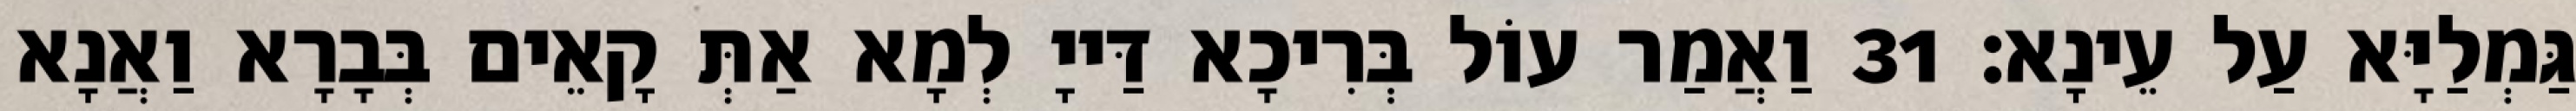
גַּמְלַיָּא עַל עֵינָא׃ 31 וַאֲמַר עוֹל בְּרִיכָא דַּייָ לְמָא אַתְּ קָאֵים בְּבָרָא וַאֲנָא